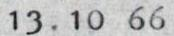
13.10 66